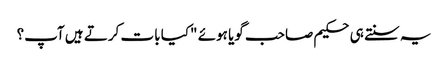
یہ سنتے ہی حکیم صاحب گویا ہوئے "کیا بات کرتے ہیں آپ؟